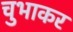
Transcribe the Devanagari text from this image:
चुभाकर